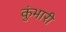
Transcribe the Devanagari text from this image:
कुंभारी